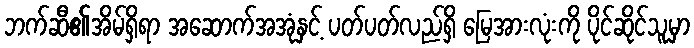
ဘက်ဆီ၏အိမ်ရှိရာ အဆောက်အအုံနှင့် ပတ်ပတ်လည်ရှိ မြေအားလုံးကို ပိုင်ဆိုင်သူမှာ